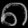
Digit: ၈